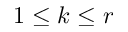
1 \leq k \leq r